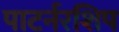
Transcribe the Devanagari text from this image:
पाटर्नरशिप